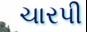
ચારપી